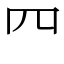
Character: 𦉪